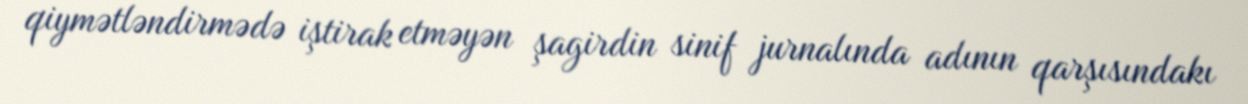
qiymətləndirmədə iştirak etməyən şagirdin sinif jurnalında adının qarşısındakı